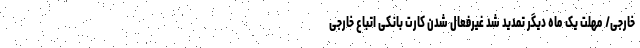
خارجی/ مهلت یک ماه دیگر تمدید شد غیرفعال شدن کارت بانکی اتباع خارجی